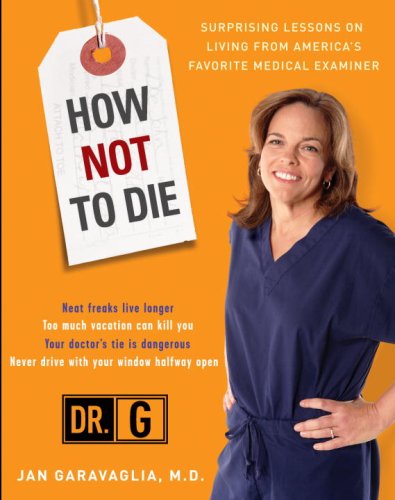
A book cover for How Not to Die: Surprising Lessons on Living Longer, Safer, and Healthier from America's Favorite Medical Examiner; Jan Garavaglia; Health, Fitness & Dieting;